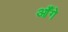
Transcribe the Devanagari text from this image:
आँगे